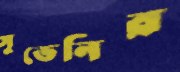
সুভেনির